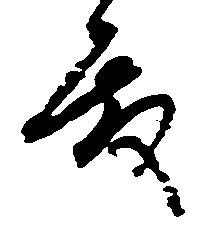
殿